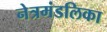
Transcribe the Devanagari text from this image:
नेत्रमंडलिका